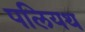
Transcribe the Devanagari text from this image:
पलियथ